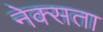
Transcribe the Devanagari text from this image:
नेक्सता